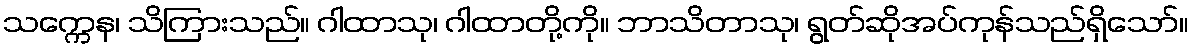
သက္ကေန၊ သိကြားသည်။ ဂါထာသု၊ ဂါထာတို့ကို။ ဘာသိတာသု၊ ရွတ်ဆိုအပ်ကုန်သည်ရှိသော်။